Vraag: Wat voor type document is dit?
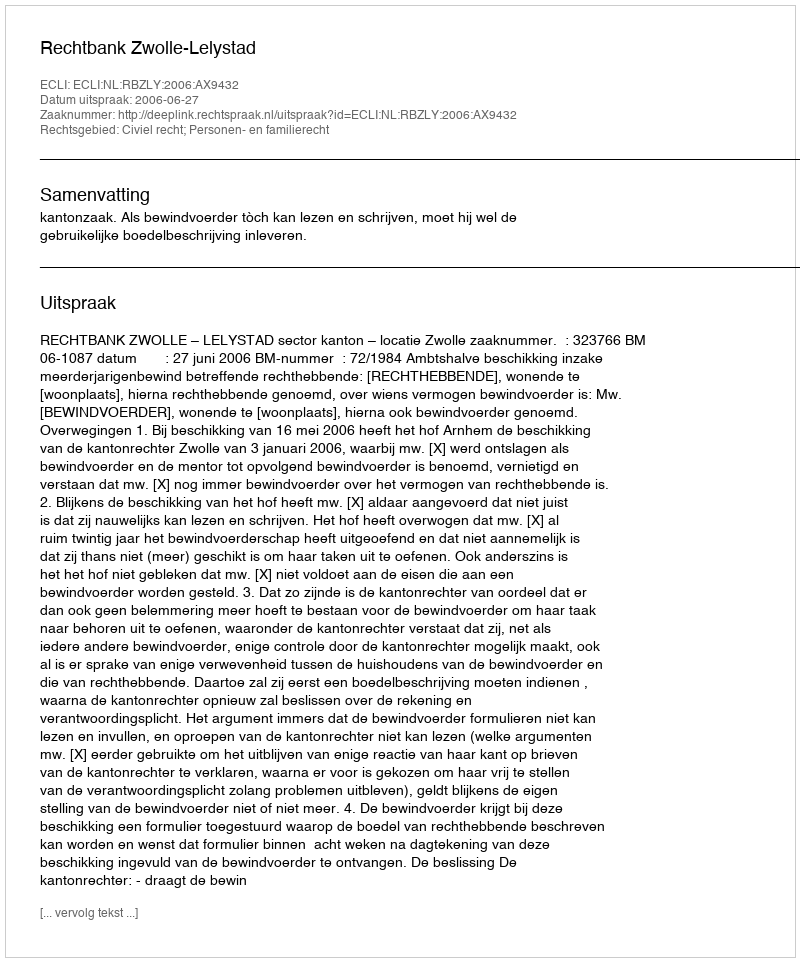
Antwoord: Uitspraak